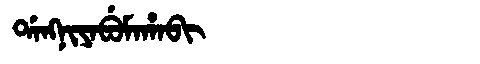
Manchu: ᡩᠠᠩᠨᡳᠶᠠᠪᡠᠮᠠᡥᠠᠪᡳ
Romanization: DANGNIYABUMAHABI